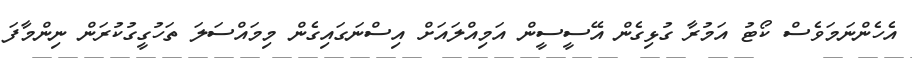
އެހެންނަމަވެސް ކޯޓު އަމުރާ ގުޅިގެން އޭސީސީން އަމިއްލައަށް އިސްނަގައިގެން މިމައްސަލަ ތަހުގީގުކުރަން ނިންމާފަ